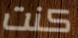
كنت